Some observations on the poison of Russell's viper (Daboia russellii) - Number 3
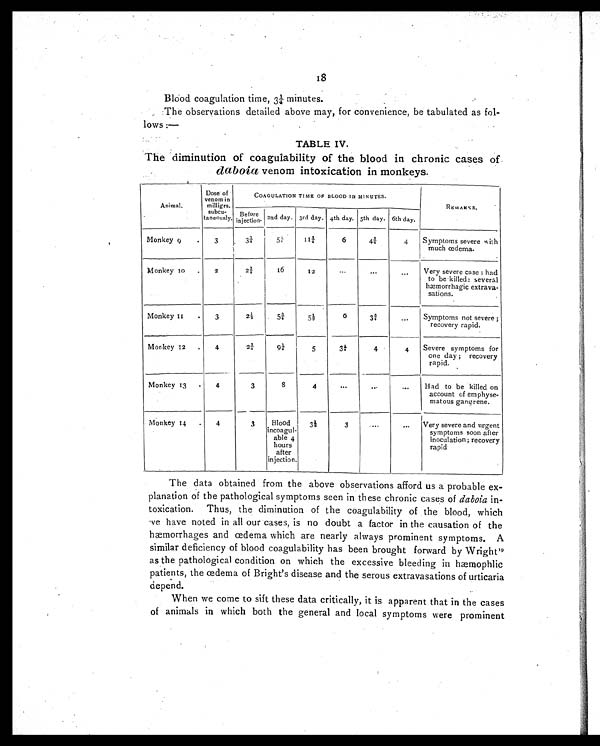
18
Blood coagulation time, 3¼ minutes.
The observations detailed above may, for convenience, be tabulated as fol-
lows :—
TABLE IV.
The diminution of coagulability of the blood in chronic cases of
daboia venom intoxication in monkeys.
Animal.
Dose of
venom in
milligrs.
subcu-
taneously.
COAGULATION TIME OF BLOOD IN MINUTES.
REMARKS.
Before
i n j e c t i o n .
2nd day. 3rd day. 4th day. 5th day. 6th day.
Monkey 9
.
3
3 ¼
5 ¼
1 1 ¾
6
4 ¾
4
Symptoms severe with
much œdema.
Monkey 10
.
2
2 ¾
16
12
...
. . .
...
Very severe case : had
to be killed: several
hæmorrhagic extrava-
sations.
Monkey 11
.
3
2 ½
5 ¾
5 ½
6
3 ¾
...
Symptoms not severe ;
recovery rapid.
Monkey 12
.
4
2¾
9 ¼
5
3¼
4
4
Severe symptoms for
one day ; recovery
rapid.
Monkey 13
.
4
3
8
4
•••
. . .
. . .
Had to be killed on
account of emphyse-
matous gangrene.
Monkey 14
4
3
Blood
incoagul-
able 4
hours
after
injection.
3½
3
...
. . .
Very severe and urgent
symptoms soon after
inoculation; recovery
rapid
The data obtained from the above observations afford us a probable ex-
planation of the pathological symptoms seen in these chronic cases of daboia in-
toxication. Thus, the diminution of the coagulability of the blood, which
w e
h a v e
n o t e d i n a l l o u r c a s e s , i s n o d o u b t a f a c t o r i n t h e c a u s a t i o n o f t h e
hæmorrhages and œdema which are nearly always prominent symptoms. A
similar deficiency of blood coagulability has been brought forward by Wright1 9
as the pathological condition on which the excessive bleeding in hæmophlic
patients, the œdema of Bright's disease and the serous extravasations of urticaria
depend.
When we come to sift these data critically, it is apparent that in the cases
of animals in which both the general and local symptoms were prominent